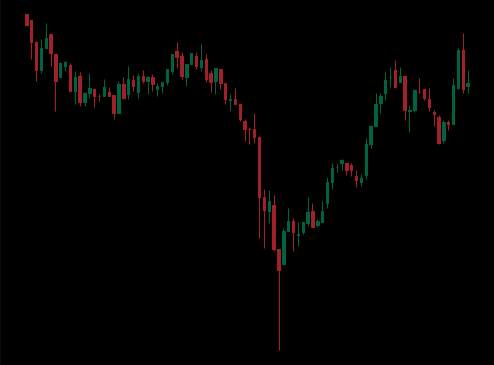
Pattern: inverse_head_shoulders